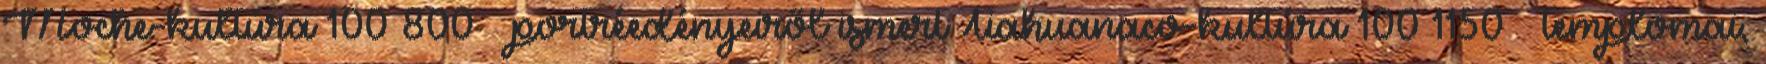
Moche-kultúra 100–800 – portréedényeiről ismert Tiahuanaco-kultúra 100–1150 – templomai,